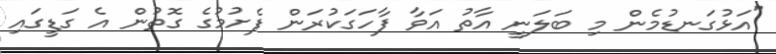
"އަޅުގަނޑުމެން މި ބަލަނީ އާތު އަވާ ފާހަގަކުރަން ފެށުމުގެ ގޮތުން އެ ގަޑީގައި